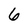
Character: 6